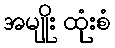
အမျိုး ထုံးစံ